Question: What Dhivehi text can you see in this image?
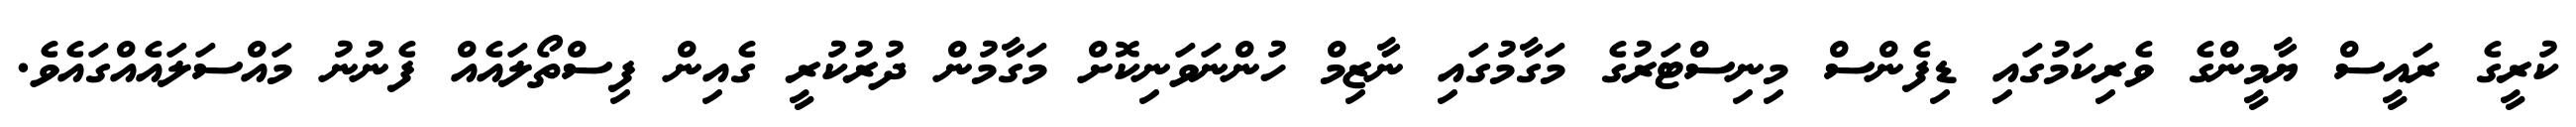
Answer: ކުރީގެ ރައީސް ޔާމީންގެ ވެރިކަމުގައި ޑިފެންސް މިނިސްޓަރުގެ މަގާމުގައި ނާޒިމް ހުންނަވަނިކޮށް މަގާމުން ދުރުކުރީ ގެއިން ފިސްތޯލައެއް ފެނުނު މައްސަލައެއްގައެވެ.